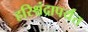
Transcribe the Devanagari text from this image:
हरिश्चंद्रापर्यंत